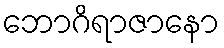
ဘောဂိရာဇာနော